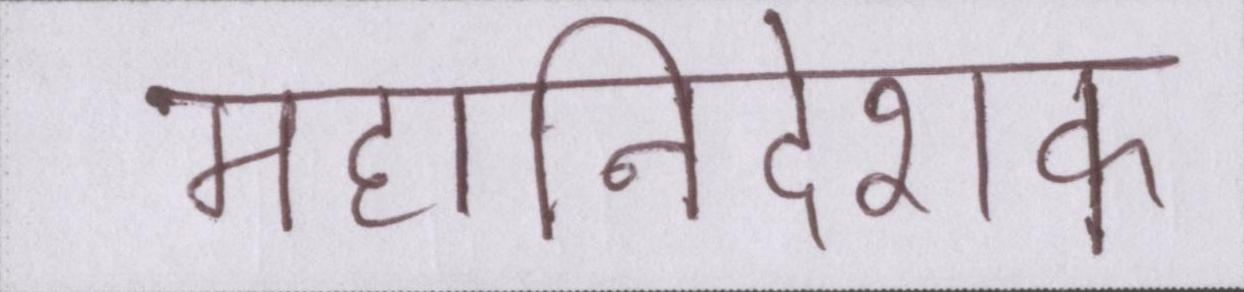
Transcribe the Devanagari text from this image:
महानिदेशक